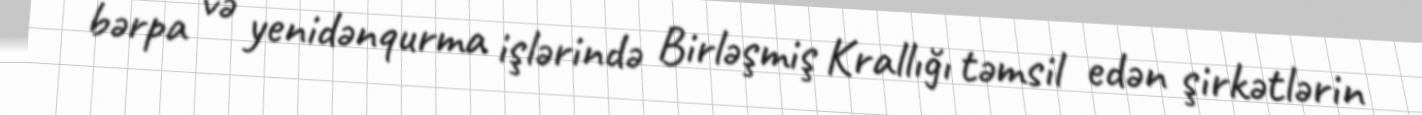
bərpa və yenidənqurma işlərində Birləşmiş Krallığı təmsil edən şirkətlərin